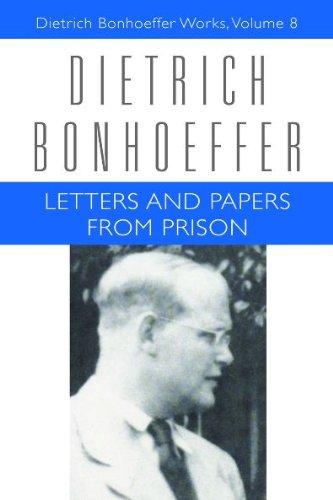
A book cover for Letters and Papers from Prison (Dietrich Bonhoeffer Works, Vol. 8); Dietrich Bonhoeffer; Literature & Fiction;